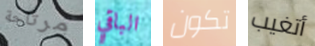
مرتاحة الباقي تكون أتغيب